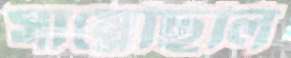
সাম্‌লেছিলি